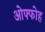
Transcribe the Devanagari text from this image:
ओफ्फोह